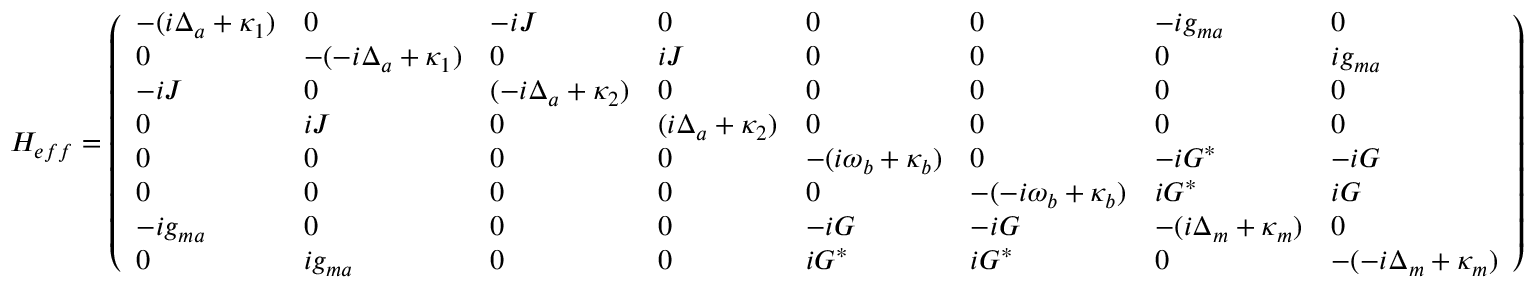
H _ { e f f } = \left( \begin{array} { l l l l l l l l } { - ( i \Delta _ { a } + \kappa _ { 1 } ) } & { 0 } & { - i J } & { 0 } & { 0 } & { 0 } & { - i g _ { m a } } & { 0 } \\ { 0 } & { - ( - i \Delta _ { a } + \kappa _ { 1 } ) } & { 0 } & { i J } & { 0 } & { 0 } & { 0 } & { i g _ { m a } } \\ { - i J } & { 0 } & { ( - i \Delta _ { a } + \kappa _ { 2 } ) } & { 0 } & { 0 } & { 0 } & { 0 } & { 0 } \\ { 0 } & { i J } & { 0 } & { ( i \Delta _ { a } + \kappa _ { 2 } ) } & { 0 } & { 0 } & { 0 } & { 0 } \\ { 0 } & { 0 } & { 0 } & { 0 } & { - ( i \omega _ { b } + \kappa _ { b } ) } & { 0 } & { - i G ^ { * } } & { - i G } \\ { 0 } & { 0 } & { 0 } & { 0 } & { 0 } & { - ( - i \omega _ { b } + \kappa _ { b } ) } & { i G ^ { * } } & { i G } \\ { - i g _ { m a } } & { 0 } & { 0 } & { 0 } & { - i G } & { - i G } & { - ( i \Delta _ { m } + \kappa _ { m } ) } & { 0 } \\ { 0 } & { i g _ { m a } } & { 0 } & { 0 } & { i G ^ { * } } & { i G ^ { * } } & { 0 } & { - ( - i \Delta _ { m } + \kappa _ { m } ) } \end{array} \right)